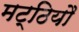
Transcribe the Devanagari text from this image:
मट्ठियौ